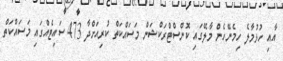
އާއި ހުޅުމާލެ ހިމެނޭހެން މާލޭގައި ކޮންސްޓްރަކްޝަން މަސައްކަތް ކުރިއަށްދާ 473 ސައިޓެއްގައި މަސައްކަތް